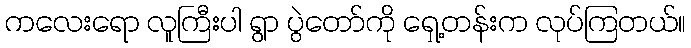
ကလေးရော လူကြီးပါ ရွာ ပွဲတော်ကို ရှေ့တန်းက လုပ်ကြတယ်။